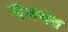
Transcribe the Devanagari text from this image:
मंत्रगत